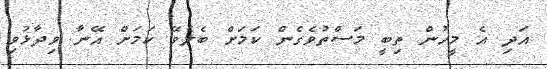
އަދި އެ މީހުން ތިބީ މަސްތުވެގެން ކަމަށް ބެލެވޭ ކަމަށް އޭނާ ވިދާޅުވި